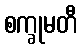
စက္ခုမတီ